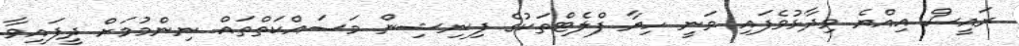
ރައީސް އިއްޔެ ވިދާޅުވެފައި ވަނީ ހިޔާ ފްލެޓްތަކުގެ ފިނިޝިން މަސައްކަތްތައް ނިންމުމަށް ދީފައިވާ